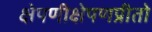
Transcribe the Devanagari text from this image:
क्षेपणीक्षेपणप्रीतो